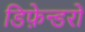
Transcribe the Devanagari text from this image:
डिफ़ेन्डरों